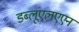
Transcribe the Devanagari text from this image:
डब्लूएलएएन